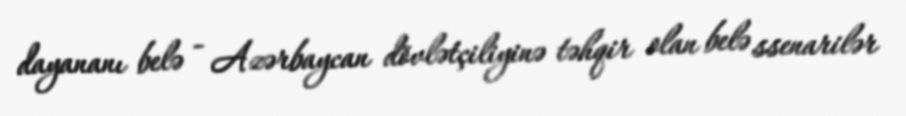
dayananı belə - Azərbaycan dövlətçiliyinə təhqir olan belə ssenarilər